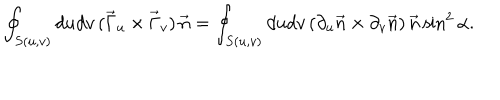
\oint _ { S ( u , v ) } d u d v \, ( \vec { \Gamma } _ { u } \times \vec { \Gamma } _ { v } ) \, \vec { n } = \oint _ { S ( u , v ) } d u d v \, ( \partial _ { u } \vec { n } \times \partial _ { v } \vec { n } ) \, \vec { n } \sin ^ { 2 } \alpha .